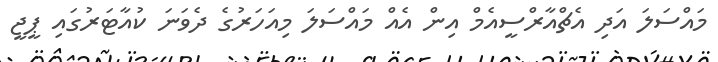
މައްސަލަ އަދި އެޗްއާރްސީއެމް އިން އެއް މައްސަލަ މިއަހަރުގެ ދެވަނަ ކުއާޓަރުގައި ޕީޖީ